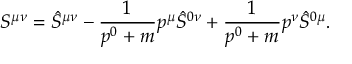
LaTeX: S ^ { \mu \nu } = \hat { S } ^ { \mu \nu } - \frac { 1 } { p ^ { 0 } + m } p ^ { \mu } \hat { S } ^ { 0 \nu } + \frac { 1 } { p ^ { 0 } + m } p ^ { \nu } \hat { S } ^ { 0 \mu } .